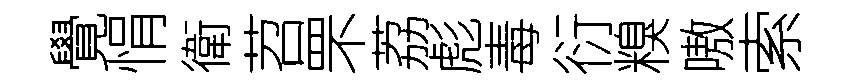
覺悁衛苕罘荔彪毒衍糗嗷索